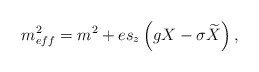
\begin{align*}m_{eff}^2=m^2+es_z\left( gX-\sigma \widetilde{X}\right),\end{align*}